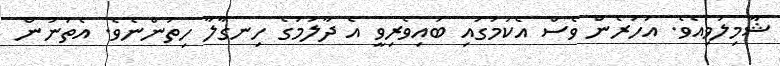
ޝާމިލުވިއެވެ. އަހަރެން ވެސް އެކަމުގައި ބައިވެރިވީ އެ ދާލަމުގެ ހިނގާލާ ހިތުންނެވެ. އެތަނުން